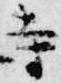
寺